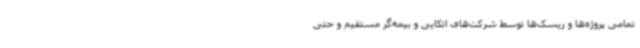
تمامی پروژه‌ها و ریسک‌ها توسط شرکت‌های اتکایی و بیمه‌گر مستقیم و حتی